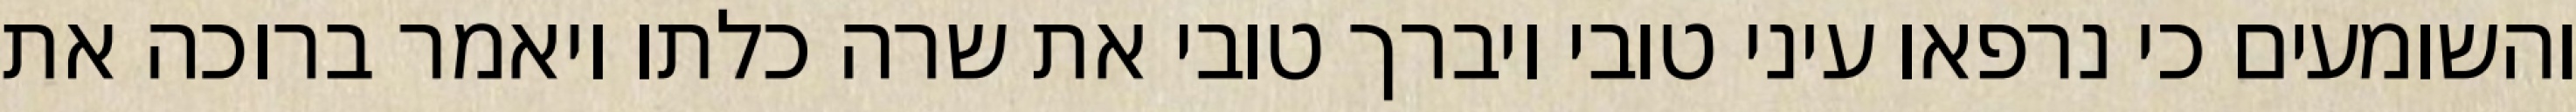
והשומעים כי נרפאו עיני טובי ויברך טובי את שרה כלתו ויאמר ברוכה את